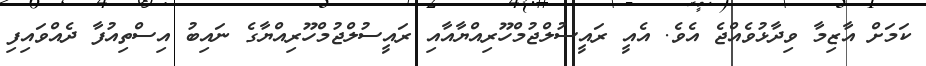
ކަމަށް އާޒިމާ ވިދާޅުވެއްޖެ އެވެ. އެއީ ރައީސުލްޖުމްހޫރިއްޔާއާއި ރައީސުލްޖުމްހޫރިއްޔާގެ ނައިބު އިސްތިއުފާ ދެއްވައިފި